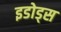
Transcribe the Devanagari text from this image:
इडोड्स